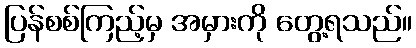
ပြန်စစ်ကြည့်မှ အမှားကို တွေ့ရသည်။